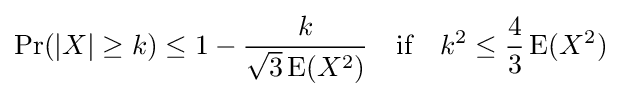
\Pr(|X|\geq k)\leq 1-{\frac {k}{{\sqrt {3}}\operatorname {E} (X^{2})}}\quad {\text{if}}\quad k^{2}\leq {\frac {4}{3}}\operatorname {E} (X^{2})